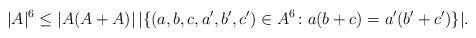
LaTeX: \begin{align*} |A|^6\leq |A(A+A)|\,|\{(a,b,c,a',b',c')\in A^6\colon a(b+c)=a'(b'+c')\}|. \end{align*}